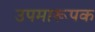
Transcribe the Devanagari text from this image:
उपमारूपक